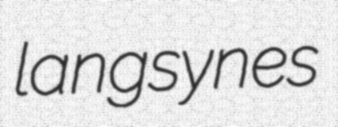
langsynes